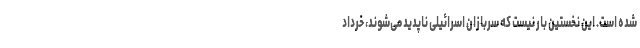
شده است. این نخستین بار نیست که سربازان اسرائیلی ناپدید می‌شوند، خرداد